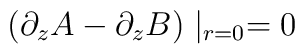
( \partial_z A - \partial_z B ) \mid_{r=0} = 0